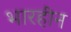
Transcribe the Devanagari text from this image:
भारहीन